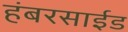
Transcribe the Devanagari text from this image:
हंबरसाईड